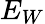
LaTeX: E_{W}